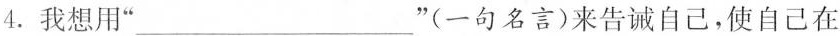
4.我想用”___”(一句名言)来告诫自己，使自己在